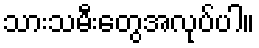
သားသမီးတွေအလုပ်ပါ။